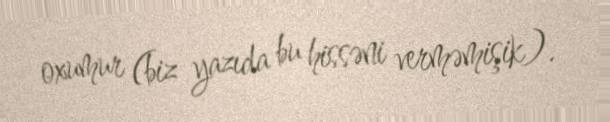
oxumur (biz yazıda bu hissəni verməmişik).